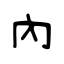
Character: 內